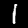
Digit: 1